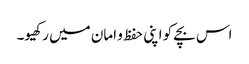
اس بچے کو اپنی حفظ و امان میں رکھیو۔